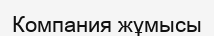
Компания жұмысы